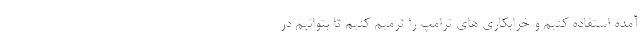
آمده استفاده کنیم و خرابکاری های ترامپ را ترمیم کنیم تا بتوانیم در